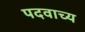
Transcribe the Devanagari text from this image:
पदवाच्य